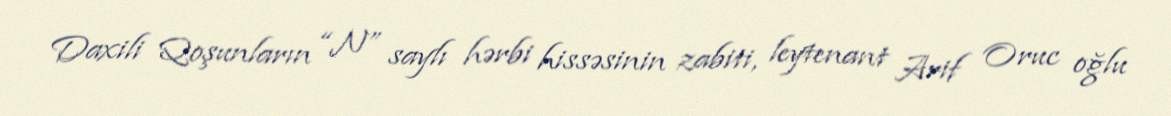
Daxili Qoşunların “N” saylı hərbi hissəsinin zabiti, leytenant Arif Oruc oğlu